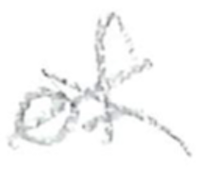
Text: of
Cross-out: mix
Writing tool: pencil